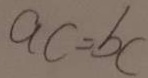
a c = b c